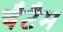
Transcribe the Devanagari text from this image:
चैटैम